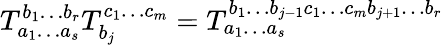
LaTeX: T_{a_{1}\ldots a_{s}}^{b_{1}\ldots b_{r}}T_{b_{j}}^{c_{1}\ldots c_{m}}=T_{a_{1}\ldots a_{s}}^{b_{1}\ldots b_{j-1}c_{1}\ldots c_{m}b_{j+1}\ldots b_{r}}